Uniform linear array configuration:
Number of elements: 32
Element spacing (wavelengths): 0.5
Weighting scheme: cosine
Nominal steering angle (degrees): -30
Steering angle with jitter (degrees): -28.622
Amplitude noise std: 0.05
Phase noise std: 0.05

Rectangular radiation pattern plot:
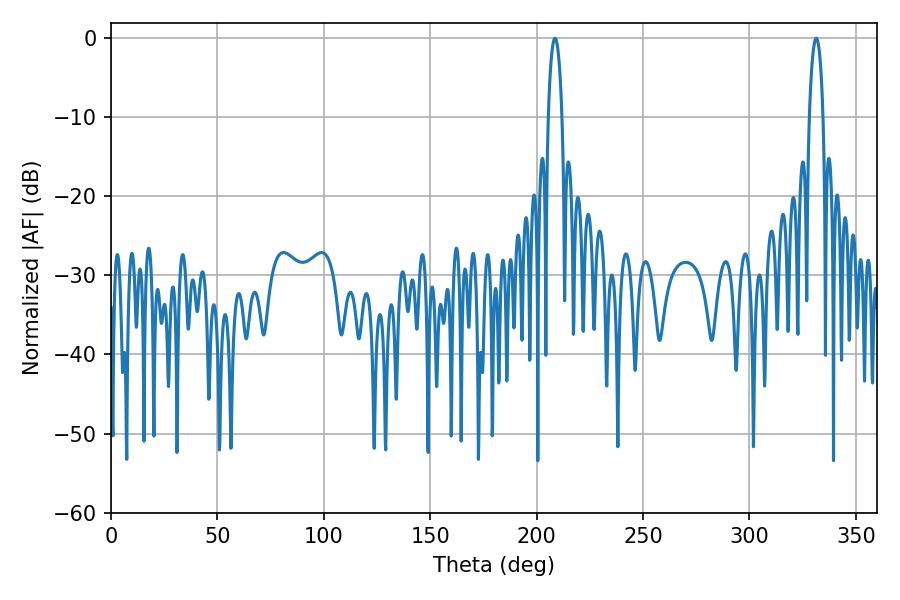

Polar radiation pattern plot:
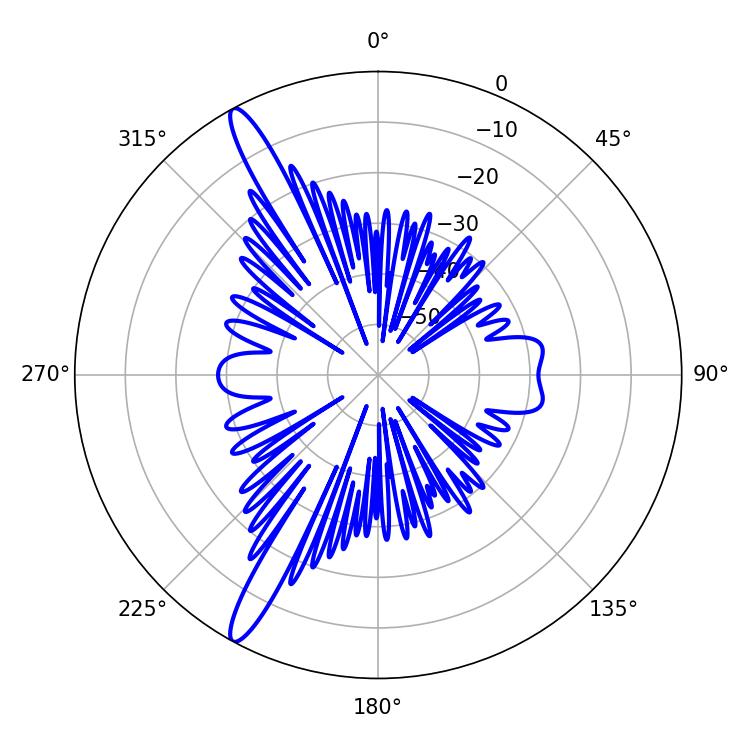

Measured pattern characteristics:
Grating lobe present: FALSE
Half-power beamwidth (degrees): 3.6
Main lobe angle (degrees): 208.62